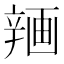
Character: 𰺨